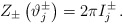
\begin{align*}Z_{\pm }\left( \vartheta _{j}^{\pm }\right) =2\pi I_{j}^{\pm }\, .\end{align*}